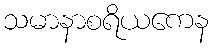
သမာနာစရိယကေန